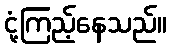
ငုံ့ကြည့်နေသည်။